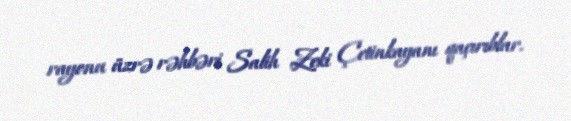
rayonu üzrə rəhbəri Salih Zeki Çetinkayanı qaçırıblar.